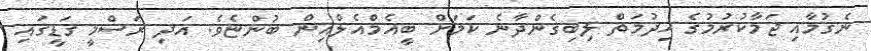
ނެގުމާއި ޖަމާކުރުމުގެ ޚިދުމަތް ލިބިގެންދާނެ ކަމަށް ބީއެމްއެލްއިން ބުންޏެވެ. އަދި ރަސްމީ ގަޑީގައި